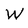
Character: W